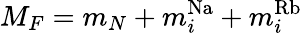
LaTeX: M_{F}=m_{N}+m_{i}^{\mathrm{Na}}+m_{i}^{\mathrm{Rb}}